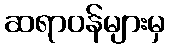
ဆရာဝန်များမှ